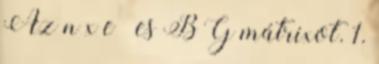
Az n x e –es B G mátrixot. 1.